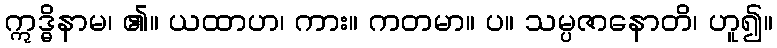
ဣဒ္ဓိနာမ၊ ၏။ ယထာဟ၊ ကား။ ကတမာ။ ပ။ သမ္ပဇာနောတိ၊ ဟူ၍။